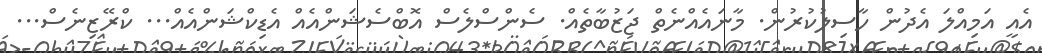
އެއީ އަމިއްލަ އެދުން ހާސިލުކުރުން. މާނައެއްނެތް ޖަޒުބާތެއް. ސެންސްލެސް އޮބްސެޝަންއެއް އެޑިކްޝަންއެއް... ކްރޭޒިނެސް...